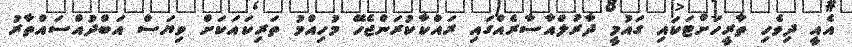
އެއީ ދިވެހި ތާރީހަށްޓަކައި ގައުމީ ދާރުލްއާސާރެއްގައި ރައްކާކުރަންޖެހޭ މުހިއްމު ތަރިކައަކަށް ވިޔަސް އަބްދުއްސައްތާރު